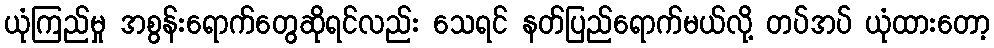
ယုံကြည်မှု အစွန်းရောက်တွေဆိုရင်လည်း သေရင် နတ်ပြည်ရောက်မယ်လို့ တပ်အပ် ယုံထားတော့